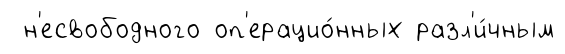
н'есвободного оп'ерацио́нных разл'и́чным